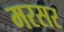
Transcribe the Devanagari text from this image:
मरसर